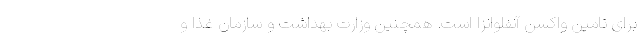
برای تامین واکسن آنفلوانزا است. همچنین وزارت بهداشت و سازمان غذا و